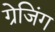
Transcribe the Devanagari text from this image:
ग्रेजिंग